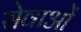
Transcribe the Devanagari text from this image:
सेवाओंं